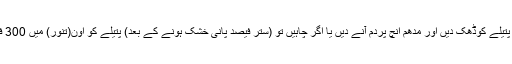
پندرہ یا بیس مِنٹ بعد پانی خُشک ہونے پر آ جائے تو پتیلے کوڈھک دیں اور مدھم انچ پردم آنے دیں یا اگر چاہیں تو (ستر فیصد پانی خُشک ہونے کے بعد) پتیلے کو اُون(تنور) میں 300 فارنہائیٹ درجہ پر پندرہ یا بیس مِنٹ مزید رہنے دیں۔